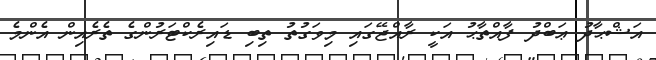
އަޝްޙާދު ޢަބްދު ފާއްތާޙު އަކީ ރާއްޖޭގައި މިވަގުތު ތިބި ޑައިރެކްޓަރުންގެ ތެރެއިން އެންމެ